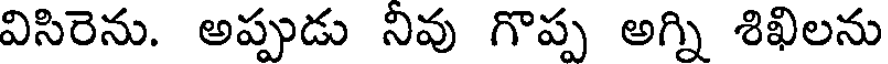
విసిరెను. అప్పుడు నివు గొప్ప అగ్ని శిఖిలను